Virumaa_algkoolid, lk 5
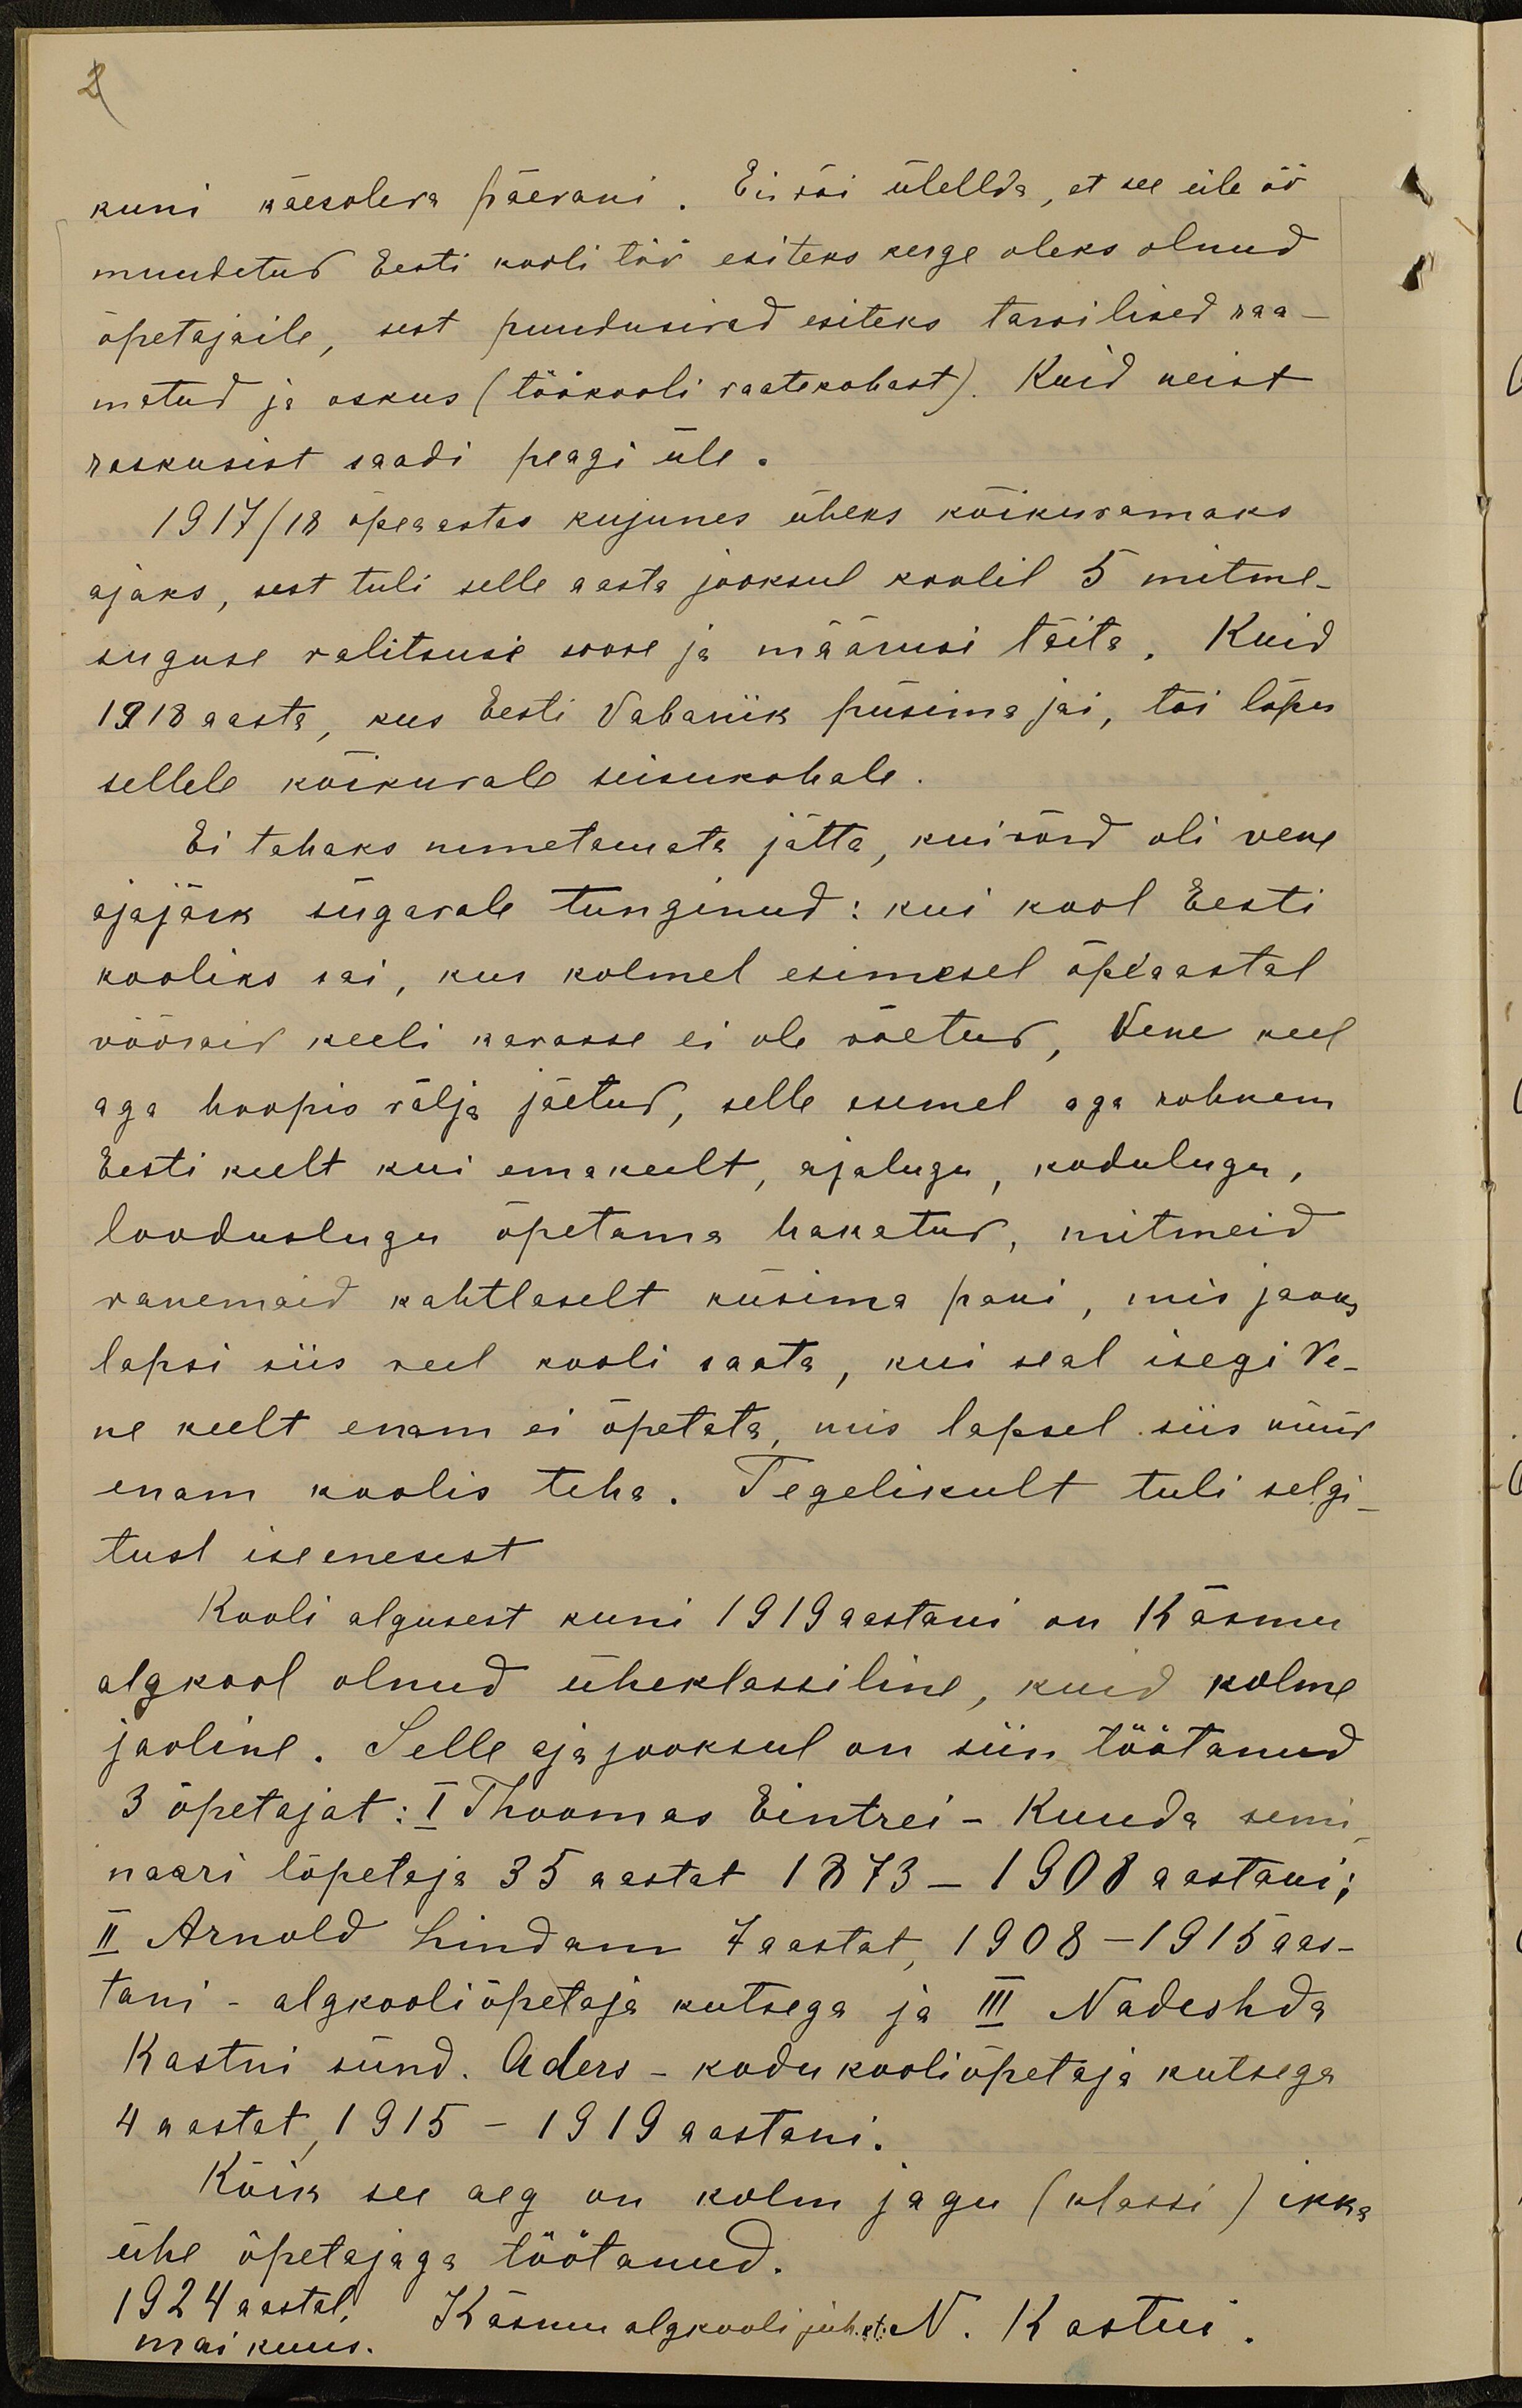
2

kuni käesoleva päevani. Ei või ütelda, et see üle öö
muudetud Eesti kooli töö esiteks kerge oleks olnud
õpetajaile, sest puudusid esiteks tarvilised raa-
matud ja oskus (töökooli vaatekohast). Kuid neist
raskusist saadi peagi üle.
1917/18 õpeaastas kujunes üheks kõikuvamaks
ajaks, sest tuli selle aasta jooksul koolil 5 mitme-
suguse valitsuse soove ja määrusi täita. Kuid
1918 aasta, kus Eesti Vabariik püsima jäi, tõi lõpu
sellele kõikuvale seisukohale
Ei tahaks nimetamata jätta, kuivõrd oli vene
ajajärk sügavale tunginud: kui kool Eesti
kooliks sai, kus kolmel esimesel õpeaastal
võõraid keeli kavasse ei ole võetud. Vene keel
aga hoopis välja jäetud, selle asemel aga rohkem
Eesti keelt kui emakeelt, ajalugu, kodulugu,
looduslugu õpetama hakatud, mitmeid
vanemaid kahtlaselt küsima pani, mis jaoks
lapsi siis veel kooli saata, kui seal isegi Ve-
ne keelt enam ei õpetata, mis lapsel siis nüüd
enam koolis teha. Tegelikult tuli selgi-
tust iseenesest
Kooli algusest kuni 1919 aastani on Käsmu
algkool olnud üheklassiline, kuid kolme
jaoline. Selle aja jooksul on siin töötanud
3 õpetajat: I Thoomas Eintrei - Kuuda semi
naari lõpetaja 35 aastat 1873-1908 aastani;
II Arnold Lindam 7 aastat 1908-1915 aas-
tani - algkooliõpetaja kutsega ja III Nadeshda
Kastni sünd. Aders - kodu kooliõpetaja kutsega
4 aastat, 1915-1919 aastani.
Kõik see aeg on kolm jagu (klassi) ikka
ühe õpetajaga töötanud.
1924 aastal. Käsmu algkooli juhat N Kastni
mai kuus.